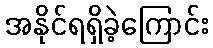
အနိုင်ရရှိခဲ့ကြောင်း